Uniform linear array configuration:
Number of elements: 12
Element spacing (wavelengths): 0.25
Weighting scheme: cosine
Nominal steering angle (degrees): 60
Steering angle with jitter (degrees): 61.832
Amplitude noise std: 0.05
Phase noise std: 0.05

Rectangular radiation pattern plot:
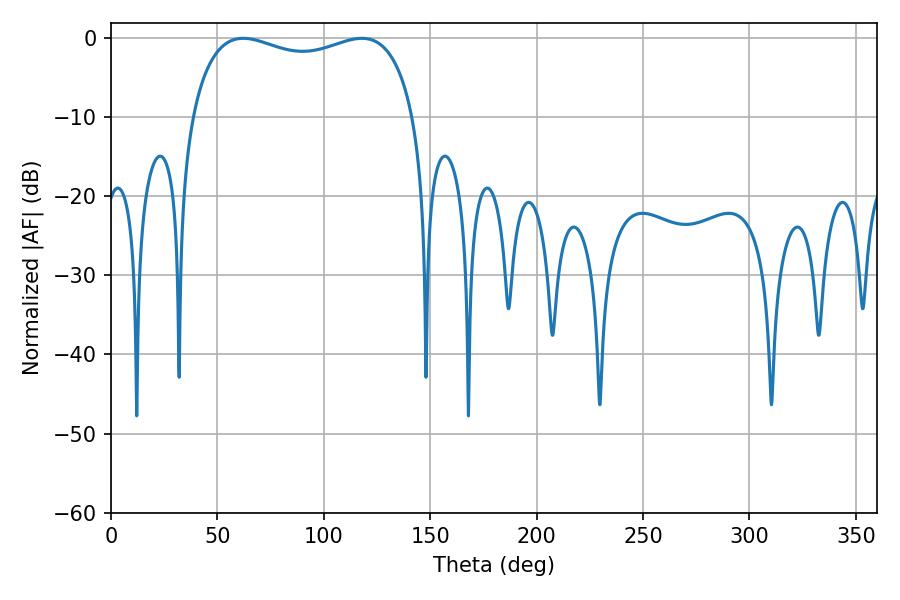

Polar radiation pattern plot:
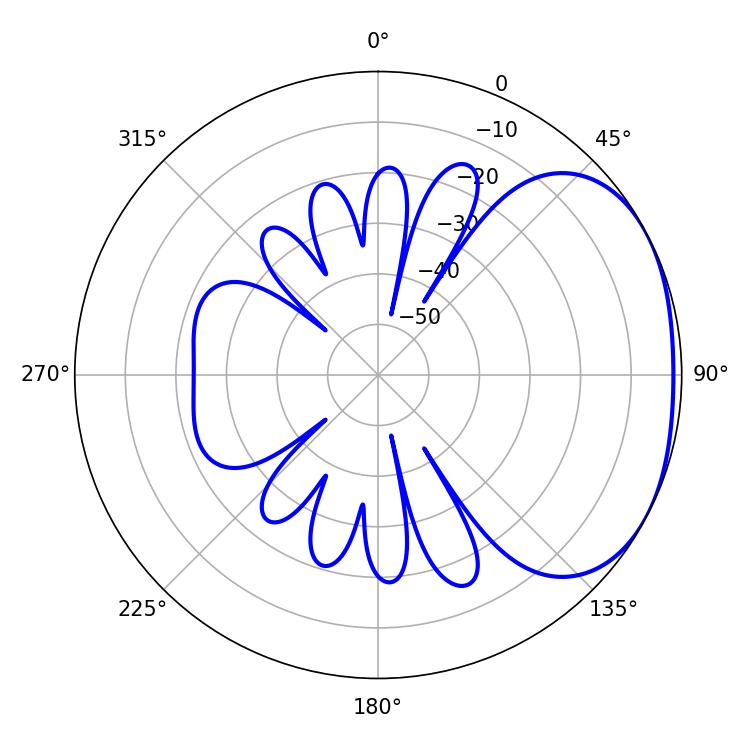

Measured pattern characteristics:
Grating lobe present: FALSE
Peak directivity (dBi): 2.258
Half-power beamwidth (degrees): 86.04
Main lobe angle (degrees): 62.1